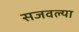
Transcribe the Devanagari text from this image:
सजवल्या